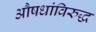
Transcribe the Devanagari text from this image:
औषधांविरुद्ध